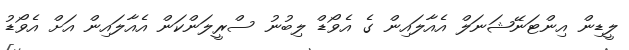
ލީޑިން އިންޓަނޭޝަނަލް އެއާލައިން ގެ އެވޯޑް ލިބުނު ސްރީލަންކަން އެއާލައިން އަށް އެވޯޑު